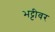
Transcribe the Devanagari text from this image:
भट्टीवर